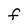
Character: F